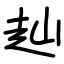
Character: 赸